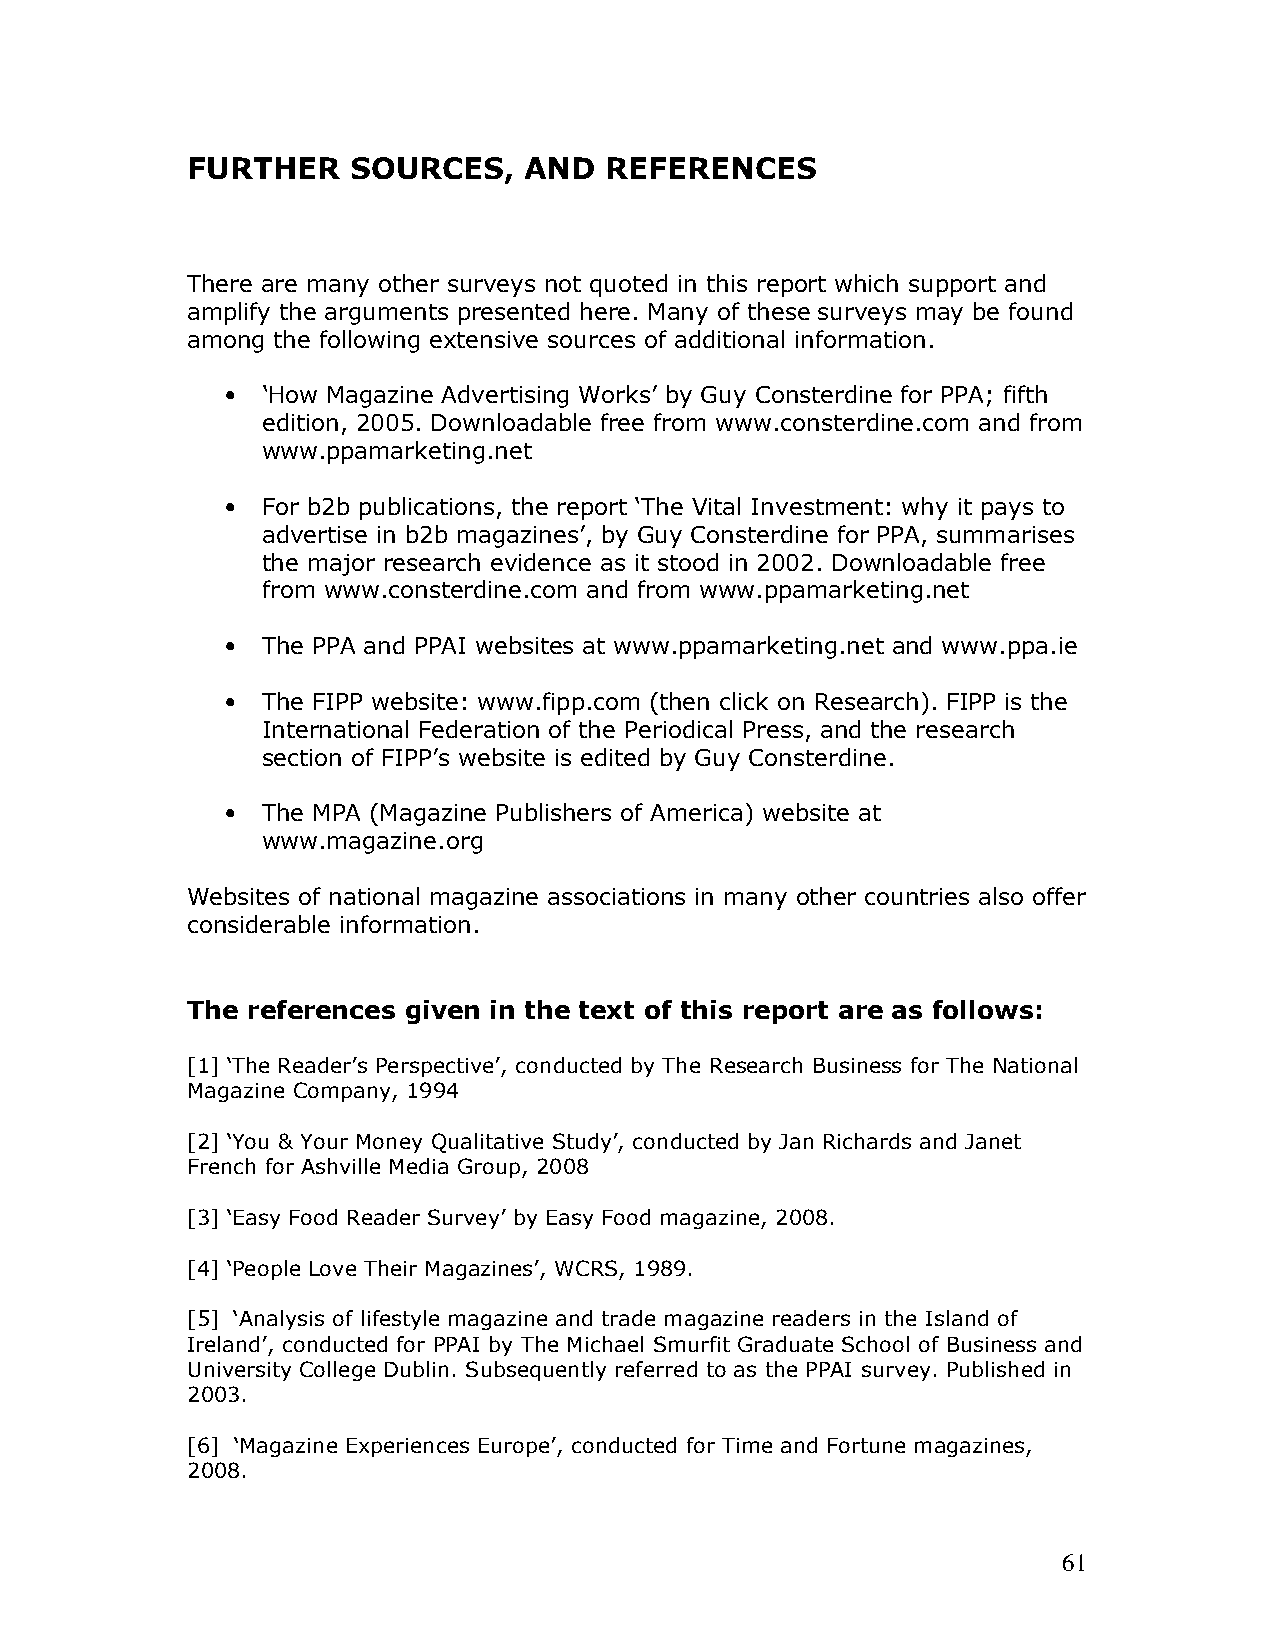
FURTHER    SOURCES,    AND  REFERENCES
 There are many other surveys not quoted in this report which support and
 amplify the arguments presented here. Many of these surveys may be found
 among the following extensive sources of additional information.
 • ‘How Magazine Advertising Works’ by Guy Consterdine for PPA; fifth
 edition, 2005. Downloadable free from www.consterdine.com and from
 www.ppamarketing.net
 • For b2b publications, the report ‘The Vital Investment: why it pays to
 advertise in b2b magazines’, by Guy Consterdine for PPA, summarises
 the major research evidence as it stood in 2002. Downloadable free
 from www.consterdine.com and from www.ppamarketing.net
 • The PPA and PPAI websites at www.ppamarketing.net and www.ppa.ie
 • The FIPP website: www.fipp.com (then click on Research). FIPP is the
 International Federation of the Periodical Press, and the research
 section of FIPP’s website is edited by Guy Consterdine.
 • The MPA (Magazine Publishers of America) website at
 www.magazine.org
 Websites of national magazine associations in many other countries also offer
 considerable information.
 The references given in the text of this report are as follows:
 [1] ‘The Reader’s Perspective’, conducted by The Research Business for The National
 Magazine Company, 1994
 [2] ‘You & Your Money Qualitative Study’, conducted by Jan Richards and Janet
 French for Ashville Media Group, 2008
 [3] ‘Easy Food Reader Survey’ by Easy Food magazine, 2008.
 [4] ‘People Love Their Magazines’, WCRS, 1989.
 [5] ‘Analysis of lifestyle magazine and trade magazine readers in the Island of
 Ireland’, conducted for PPAI by The Michael Smurfit Graduate School of Business and
 University College Dublin. Subsequently referred to as the PPAI survey. Published in
 2003.
 [6] ‘Magazine Experiences Europe’, conducted for Time and Fortune magazines,
 2008.
 61